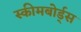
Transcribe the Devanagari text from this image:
स्कीमबोर्ड्स